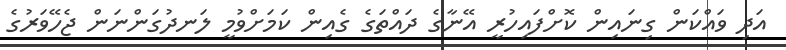
އަދި ވައްކަން ގިނައިން ކޮށްފައިހުރީ އޭނާގެ ދައްތަގެ ގެއިން ކަމަށްވުމީ ލަނދުގަންނަން ޖެހޭވަރުގެ